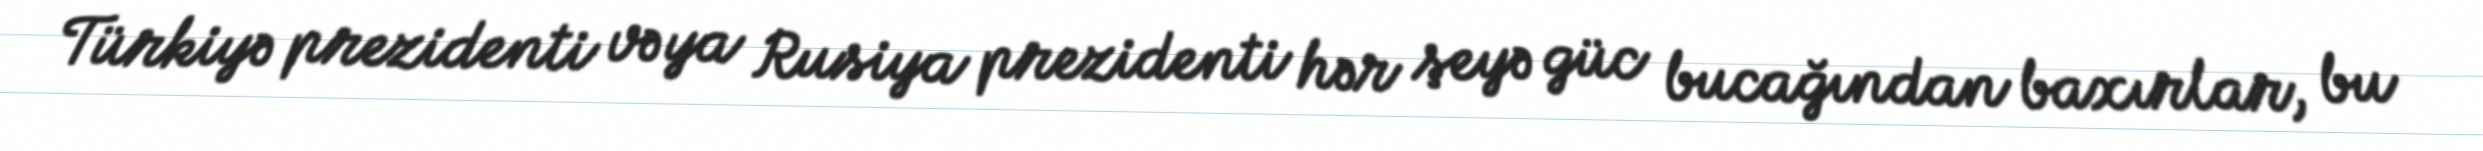
Türkiyə prezidenti və ya Rusiya prezidenti hər şeyə güc bucağından baxırlar, bu